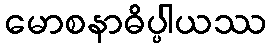
မောစနာဓိပ္ပါယဿ